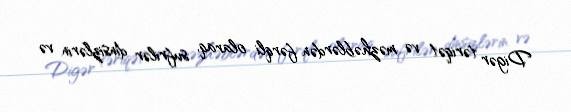
Digər təriqət və məzhəblərdən fərqli olaraq, sufrilər dinsizlərin və